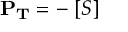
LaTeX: \mathbf { P _ { T } } = - \mathbf { \partial } [ S ]